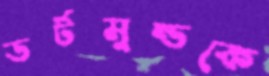
ডর্টমুন্ডকে